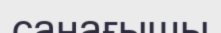
санағышы